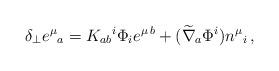
LaTeX: \begin{align*}\delta_\perp e^\mu{}_a = K_{ab}{}^i \Phi_ie^{\mu\,b} + (\widetilde\nabla_a \Phi^i ) n^\mu{}_i\,,\end{align*}